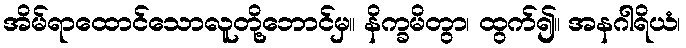
အိမ်ရာထောင်သောလူတို့ဘောင်မှ။ နိက္ခမိတွာ၊ ထွက်၍။ အနဂါရိယံ၊